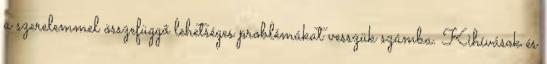
a szerelemmel összefüggő lehetséges problémákat vesszük számba. Kihívások és